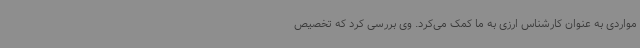
مواردی به عنوان کارشناس ارزی به ما کمک می‌کرد. وی بررسی کرد که تخصیص